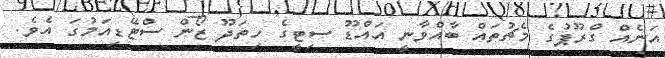
އަނެއް ގްރޫޕުގެ މެޗުތައް ބާއްވާނީ އައްޑޫ ސިޓީގެ ހިތަދޫ ޒޯން ސްޓޭޑިއަމުގަ އެވެ.